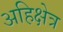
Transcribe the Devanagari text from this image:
अहिक्षेत्र